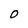
Character: 0